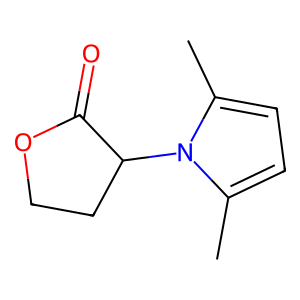
SMILES: Cc1ccc(C)n1C1CCOC1=O
Inhibits HIV replication: No